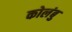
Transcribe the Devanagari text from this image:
कोलंबु